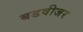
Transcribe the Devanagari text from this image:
बडवीजर